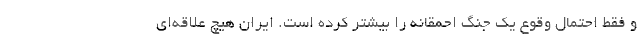
و فقط احتمال وقوع یک جنگ احمقانه را بیشتر کرده است. ایران هیچ علاقه‌ای